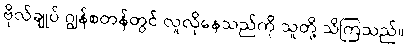
ဗိုလ်ချုပ် ဂျွန်စတန်တွင် လူလိုနေသည်ကို သူတို့ သိကြသည်။